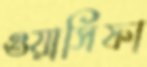
ওয়াসিফা